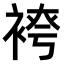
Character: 𫋾